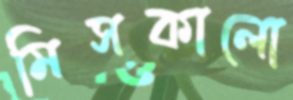
মিসকালো